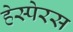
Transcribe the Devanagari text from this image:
हेस्पेरस